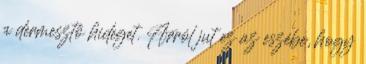
a dermesztő hideget. Arról jut ez az eszébe, hogy